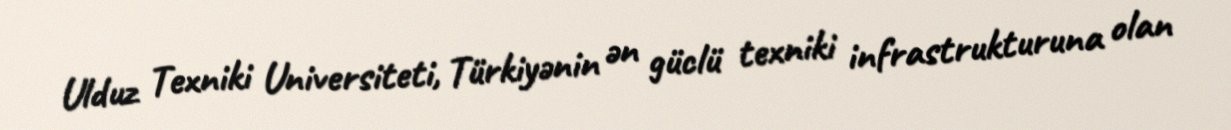
Ulduz Texniki Universiteti, Türkiyənin ən güclü texniki infrastrukturuna olan